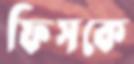
ফিসকে